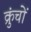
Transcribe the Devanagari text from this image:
क्रुंचों